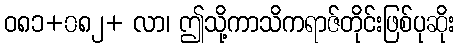
ဝ၈၁+၀၈၂+ လာ၊ ဤသို့ကာသိကရာဇ်တိုင်းဖြစ်ပုဆိုး